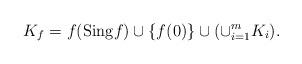
LaTeX: \begin{align*}K_f = f( {\rm Sing} f) \cup \{ f(0) \} \cup ( \cup_{i=1}^m K_i). \end{align*}